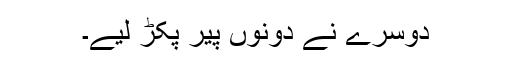
دوسرے نے دونوں پیر پکڑ لیے۔